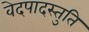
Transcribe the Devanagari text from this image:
वेदपादस्तुति